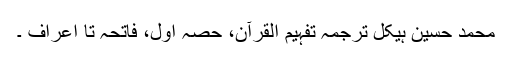
محمد حسین ہیکل ترجمہ تفہیم القرآن، حصہ اول، فاتحہ تا اعراف ۔